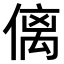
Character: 𠌯